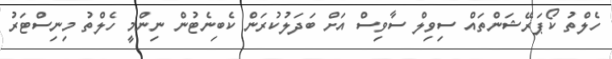
ހެލްތު ކޯޕަރޭޝަންތައް ސިވިލް ސާވިސް އަށް ބަދަލުކުރަން ކެބިނެޓުން ނިންމީ ހެލްތު މިނިސްޓަރު